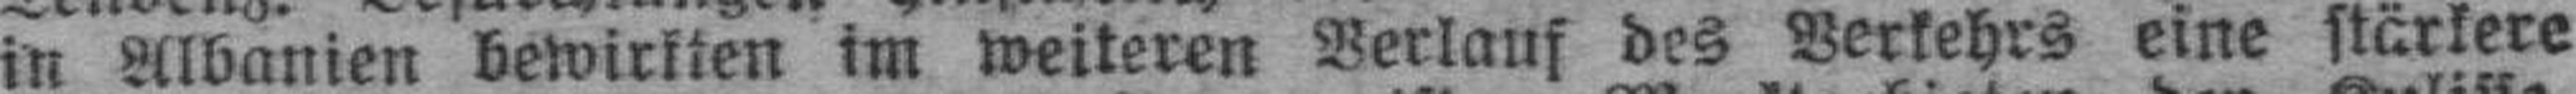
in Albanien bewirkten im weiteren Verlauf des Verkehrs eine stärkere